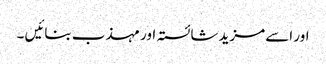
اور اسے مزید شائستہ اور مہذب بنائیں ۔